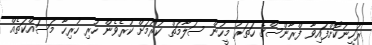
ރަހީނުކޮށްފައިވާ ފްރާންސްގެ ހަތަރު މީހުން ސަލާމަތް ކުރުމަށް ކުރެވެން ހުރި ހުރިހާ މަސައްކަތެއް